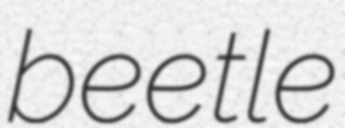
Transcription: beetle